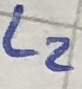
Text: L2